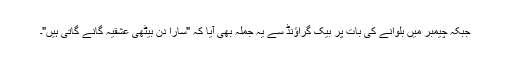
جبکہ چیمبر میں بلوانے کی بات پر بیک گراؤنڈ سے یہ جملہ بھی آیا کہ "سارا دن بیٹھی عشقیہ گانے گاتی ہیں"۔